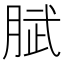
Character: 𭨹